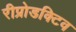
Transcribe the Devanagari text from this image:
रीप्रोडक्टिव